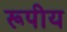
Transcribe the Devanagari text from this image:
रूपीय